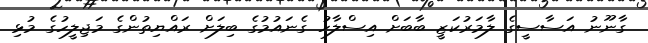
ގާނޫނު އަސާސީގެ ލާމަރުކަޒީ ބާބަށް އިސްލާހު ގެނައުމުގެ ބިލަށް ރައްޔިތުންގެ މަޖިލީހުގެ މުޅި